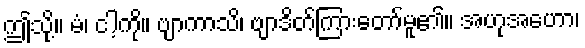
ဤသို့။ မံ၊ ငါ့ကို။ ဗျာကာသိ၊ ဗျာဒိတ်ကြားတော်မူ၏။ အဟုအဟော၊